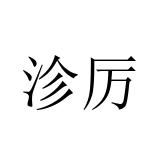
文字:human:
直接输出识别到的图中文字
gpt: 沴厉